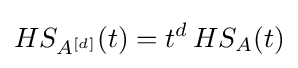
HS_{A^{[d]}}(t)=t^{d}\,HS_{A}(t)